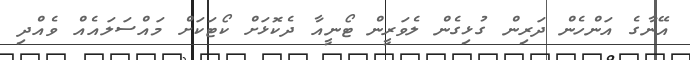
އޭނާގެ އަންހެން ދަރިން ގުޅިގެން ލެވަރީން ޓޯނީއާ ދެކޮޅަށް ކޯޓަކަށް މައްސަލައެއް ވެއްދި